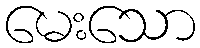
မေးသော